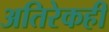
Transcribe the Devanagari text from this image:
अतिरेकही